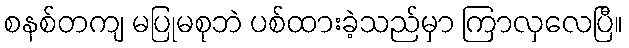
စနစ်တကျ မပြုမစုဘဲ ပစ်ထားခဲ့သည်မှာ ကြာလှလေပြီ။